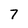
Character: 7